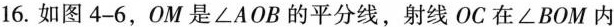
16.如图4-6，OM是∠AOB的平分线，射线OC在∠BOM内